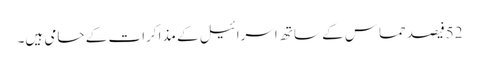
52فیصدحماس کے ساتھ اسرائیل کے مذاکرات کے حامی ہیں۔